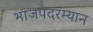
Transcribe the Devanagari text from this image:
भाजपदरम्यान